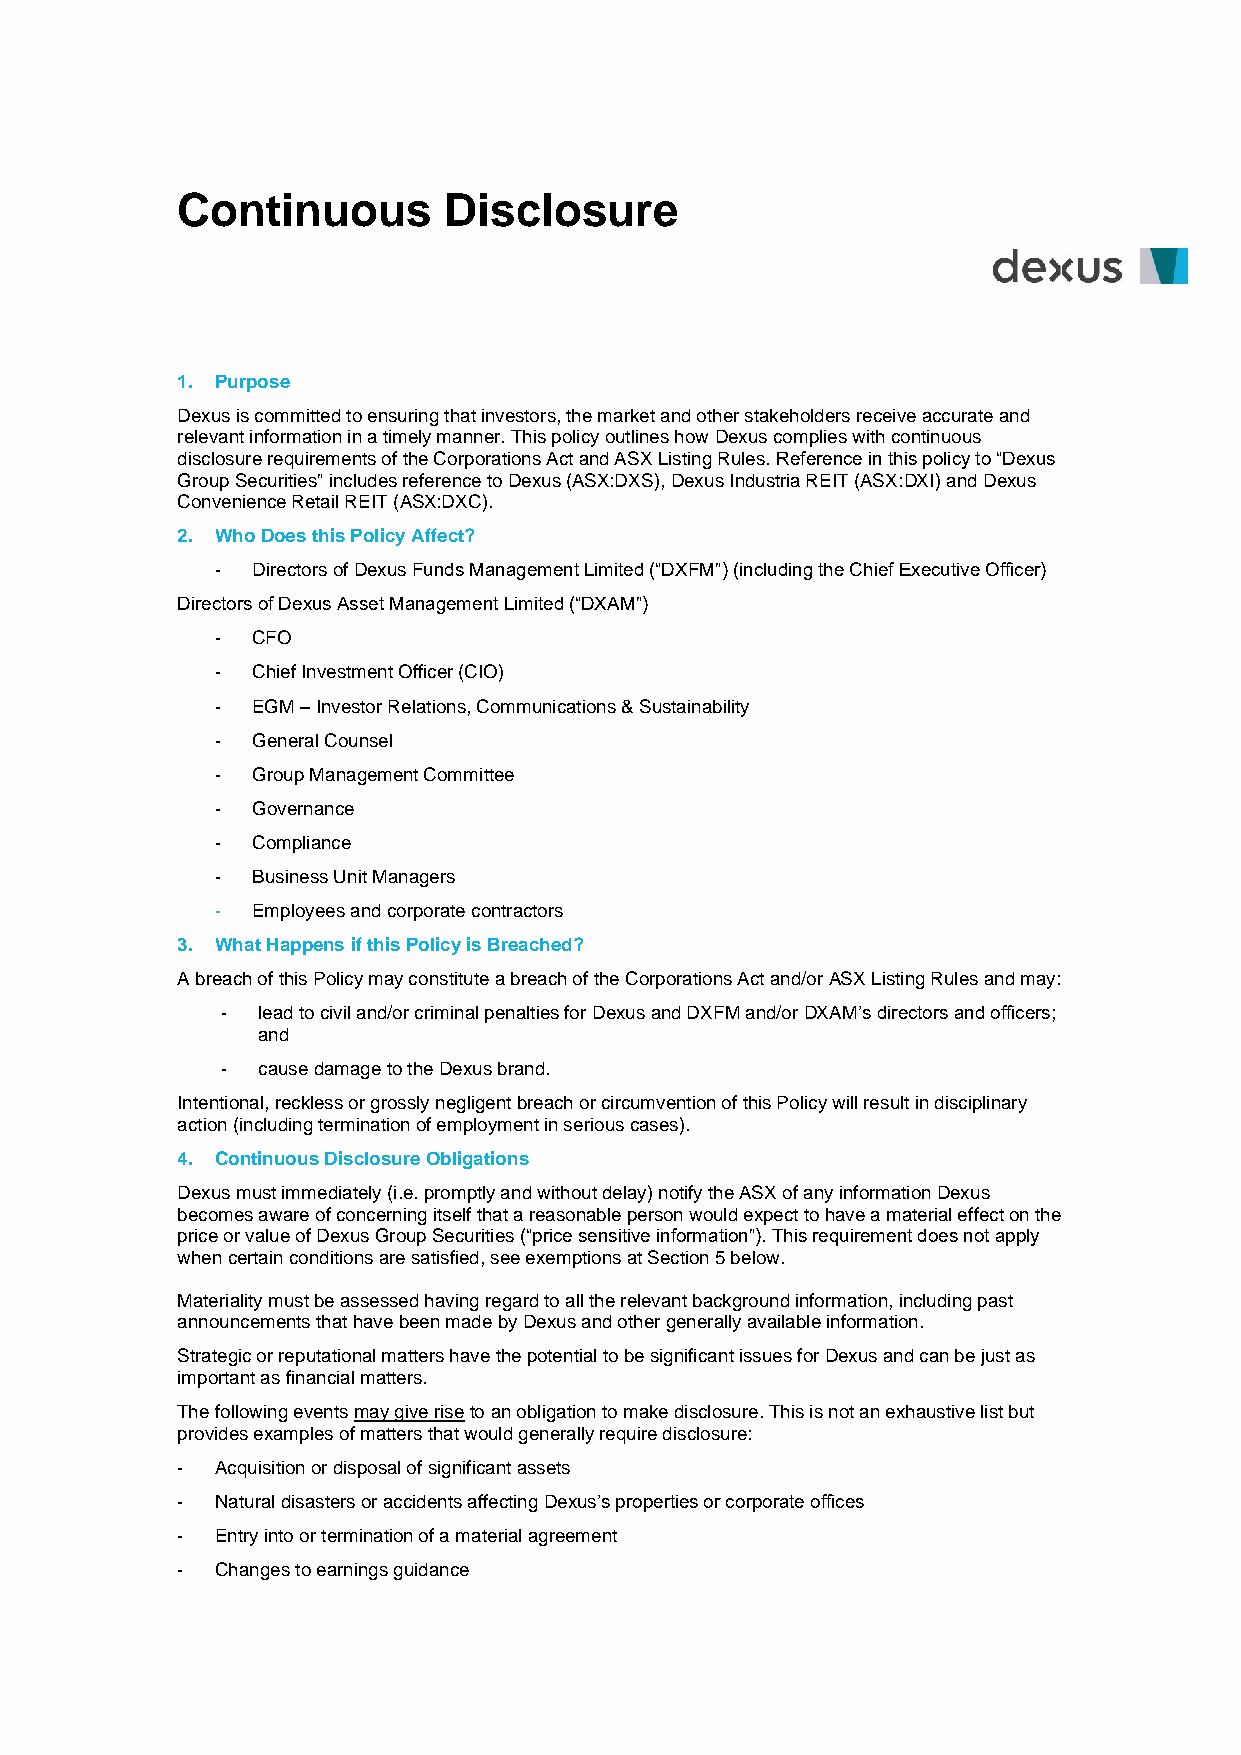
Continuous       Disclosure
 1. Purpose
 Dexus is committed to ensuring that investors, the market and other stakeholders receive accurate and
 relevant information in a timely manner. This policy outlines how Dexus complies with continuous
 disclosure requirements of the Corporations Act and ASX Listing Rules. Reference in this policy to “Dexus
 Group Securities” includes reference to Dexus (ASX:DXS), Dexus Industria REIT (ASX:DXI) and Dexus
 Convenience Retail REIT (ASX:DXC).
 2. Who Does this Policy Affect?
 -  Directors of Dexus Funds Management Limited (“DXFM”) (including the Chief Executive Officer)
 Directors of Dexus Asset Management Limited (“DXAM”)
 -  CFO
 -  Chief Investment Officer (CIO)
 -  EGM – Investor Relations, Communications & Sustainability
 -  General Counsel
 -  Group Management Committee
 -  Governance
 -  Compliance
 -  Business Unit Managers
 -  Employees and corporate contractors
 3. What Happens if this Policy is Breached?
 A breach of this Policy may constitute a breach of the Corporations Act and/or ASX Listing Rules and may:
 - lead to civil and/or criminal penalties for Dexus and DXFM and/or DXAM’s directors and officers;
 and
 - cause damage to the Dexus brand.
 Intentional, reckless or grossly negligent breach or circumvention of this Policy will result in disciplinary
 action (including termination of employment in serious cases).
 4. Continuous Disclosure Obligations
 Dexus must immediately (i.e. promptly and without delay) notify the ASX of any information Dexus
 becomes aware of concerning itself that a reasonable person would expect to have a material effect on the
 price or value of Dexus Group Securities (“price sensitive information”). This requirement does not apply
 when certain conditions are satisfied, see exemptions at Section 5 below.
 Materiality must be assessed having regard to all the relevant background information, including past
 announcements that have been made by Dexus and other generally available information.
 Strategic or reputational matters have the potential to be significant issues for Dexus and can be just as
 important as financial matters.
 The following events may give rise to an obligation to make disclosure. This is not an exhaustive list but
 provides examples of matters that would generally require disclosure:
 - Acquisition or disposal of significant assets
 - Natural disasters or accidents affecting Dexus’s properties or corporate offices
 - Entry into or termination of a material agreement
 - Changes to earnings guidance